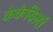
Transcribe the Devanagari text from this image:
केकेबिर्ला